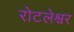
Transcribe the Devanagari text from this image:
रोटलेश्वर